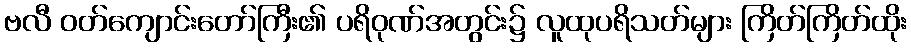
ဗလီ ဝတ်ကျောင်းတော်ကြီး၏ ပရိဝုဏ်အတွင်း၌ လူထုပရိသတ်များ ကြိတ်ကြိတ်ထိုး